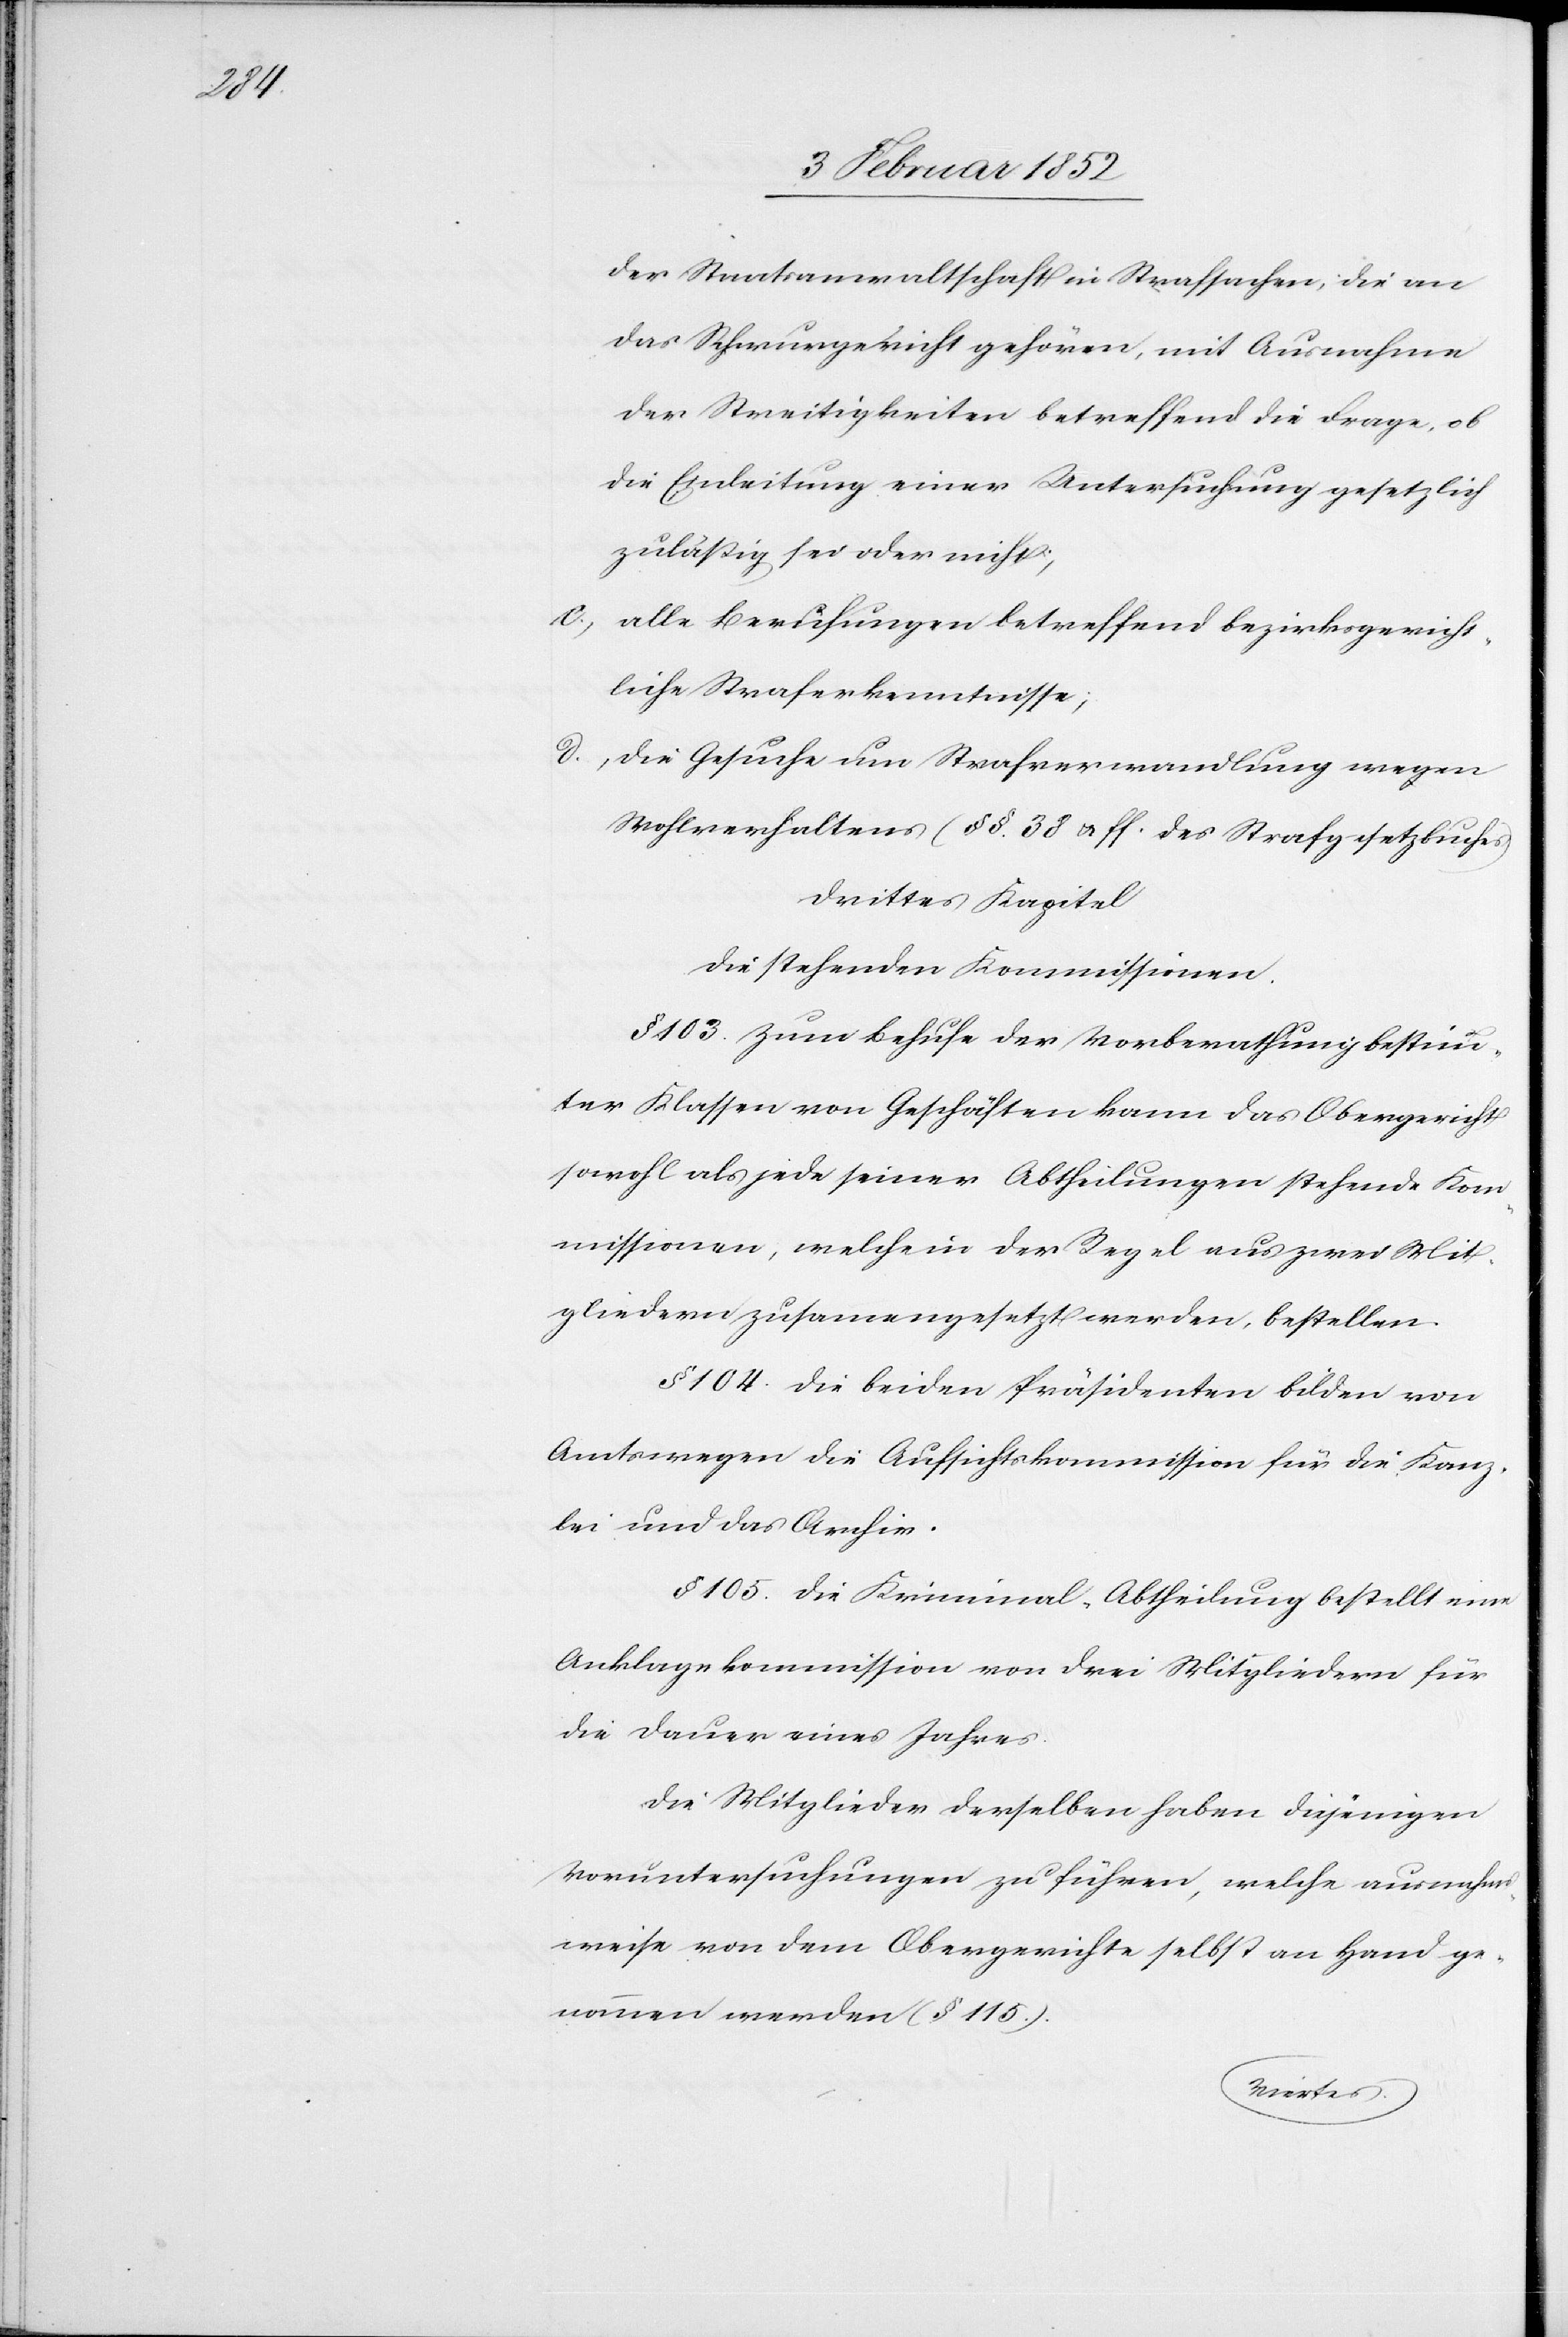
der Staatsanwaltschaft in Strafsachen, die an
das Schwurgericht gehören, mit Ausnahme
der Streitigkeiten betreffend die Frage, ob
die Einleitung einer Untersuchung gesetzlich
zuläßig sei oder nicht,
c.) alle Berufungen betreffend bezirksgericht¬
liche Straferkenntnisse;
d.)
die Gesuche um Strafverwandlung wegen
Wohlverhaltens (§§. 38 u. ff. des Strafgesetzbuches).
Drittes Kapitel
Die stehenden Kommissionen.
§ 103. Zum Behufe der Vorberathung bestimm¬
ter Klassen von Geschäften kann das Obergericht
sowohl als jede seiner Abtheilungen stehende Kom¬
missionen, welche in der Regeln aus zwei Mit¬
gliedern zusammengesetzt werden, bestellen.
§ 104. Die beiden Präsidenten bilden von
Amtswegen die Aufsichtskommission für die Kanz¬
lei und das Archiv.
§ 105. Die Kriminal-Abtheilung bestellt eine
Anklagekommission von drei Mitgliedern für
die Dauer eines Jahres.
Die Mitglieder derselben haben diejenigen
Voruntersuchungen zu führen, welche ausnahms¬
weise von dem Obergerichte selbst an Hand ge¬
nommen werden (§ 115).